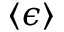
\langle \epsilon \rangle